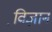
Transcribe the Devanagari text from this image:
वि़ज्ञान